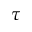
\tau